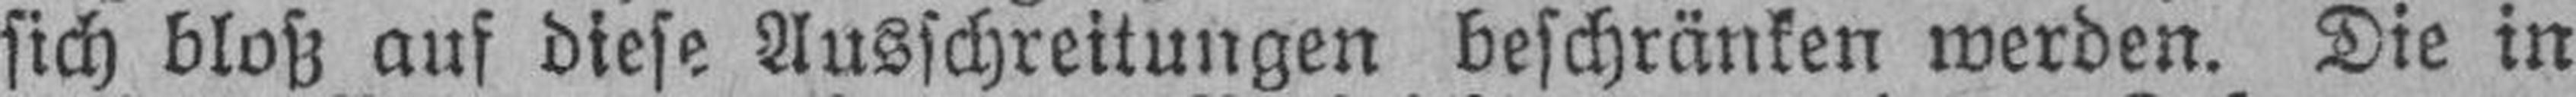
sich bloß auf diese Ausschreitungen beschränken werden. Die in